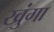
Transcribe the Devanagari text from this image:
खुंगा